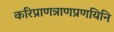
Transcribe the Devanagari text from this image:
करिप्राणत्राणप्रणयिनि